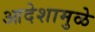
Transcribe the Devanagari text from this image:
आदेशामुळे